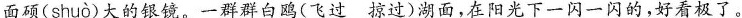
面硕( shuò )大的银镜。一群群白鸥(飞过 掠过)湖面，在阳光下一闪一闪的，好看极了。